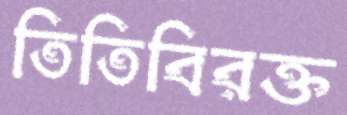
তিতিবিরক্ত